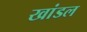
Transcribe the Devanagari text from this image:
खांडल